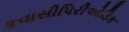
કવાસીપિરીઓડિક